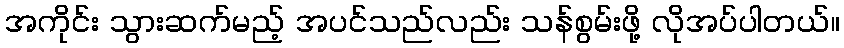
အကိုင်း သွားဆက်မည့် အပင်သည်လည်း သန်စွမ်းဖို့ လိုအပ်ပါတယ်။